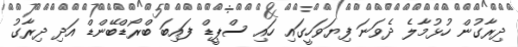
ދިރާގުން ހުޅުމާލެ ދެވަނަ ފިޔަވަހީގައި ހައި ސްޕީޑް ފައިބަ ބްރޯޑްބޭންޑް އަދި ދިރާގު